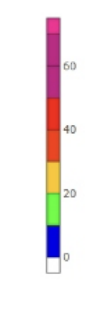
Blue: 0 to 10
Green: 10 to 20
Yellow: 20 to 30
Orange: 30 to 40
Red: 40 to 50
Magenta: 50 to 70
Pink: 70 to 75